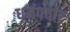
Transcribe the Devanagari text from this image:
धर्मपर्चार